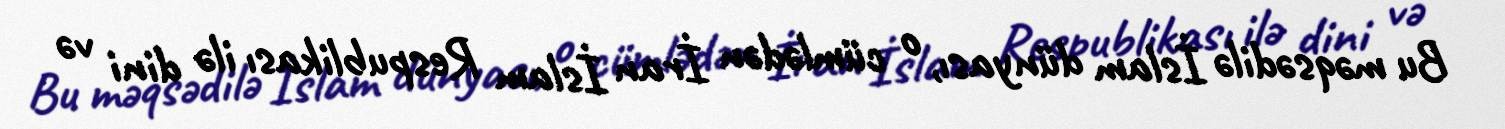
Bu məqsədilə İslam dünyası, o cümlədən İran İslam Respublikası ilə dini və